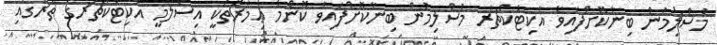
މުސްލިމުން ބިނާކޮށްފައިވާ އާކިޓެކްޗަރ މުސްލިމުން ބިނާކޮށްފައިވާ ކޮންމެ ޢިމާރާތަކީ އިސްލާމީ އާކިޓެކްޗަރގެ ތެރޭގައި